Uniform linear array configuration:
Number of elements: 16
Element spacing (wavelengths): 0.5
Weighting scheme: kaiser
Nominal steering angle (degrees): -30
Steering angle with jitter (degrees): -28.924
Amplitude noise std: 0.05
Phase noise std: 0.05

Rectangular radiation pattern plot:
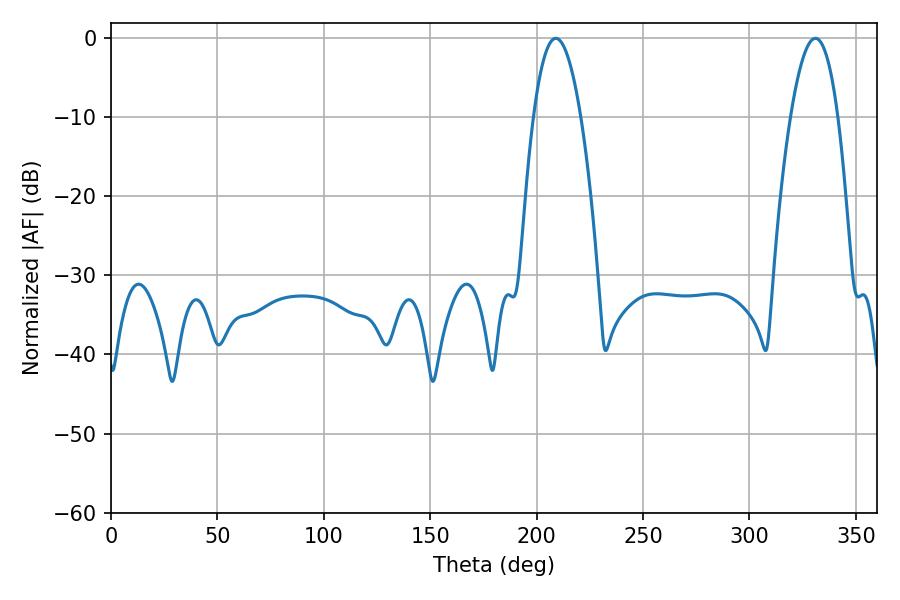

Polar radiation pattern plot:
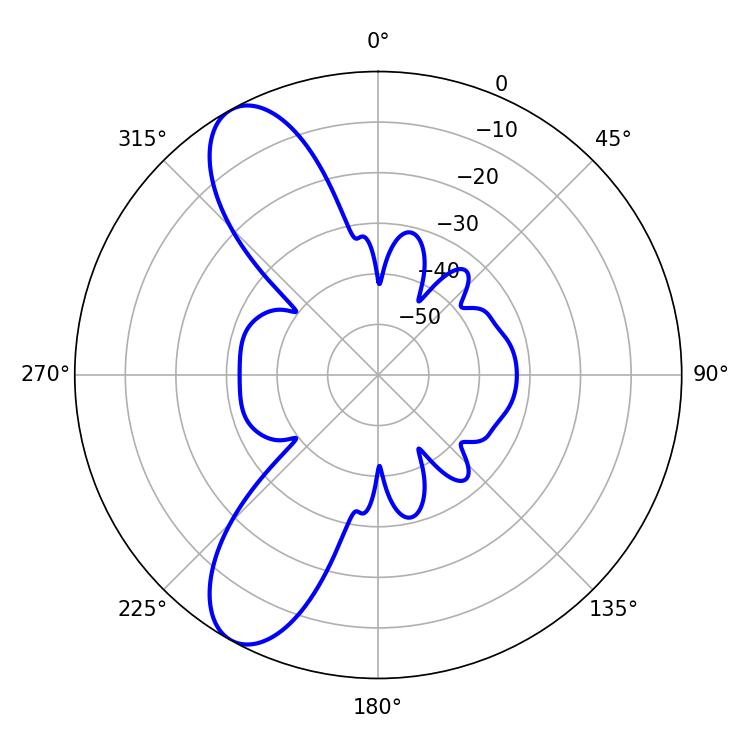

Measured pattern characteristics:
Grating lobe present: FALSE
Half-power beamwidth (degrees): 12.24
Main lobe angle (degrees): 208.98